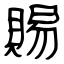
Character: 賜